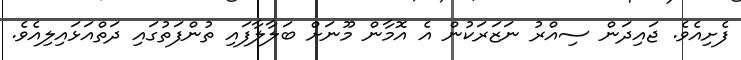
ފެށިއެވެ. ޖައިދަން ސިއްރު ނަޒަރަކުން އެ އޮމާން މޫނަށް ބަލާލާފައި ތުންފަތުގައި ދަތްއަޅައިލިއެވެ.